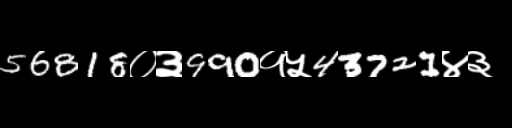
Text: 56818०३990१५43721४३